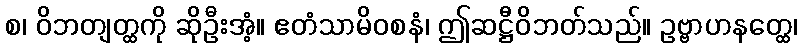
စ၊ ဝိဘတျတ္ထကို ဆိုဦးအံ့။ ဧတံသာမိဝစနံ၊ ဤဆဋ္ဌီဝိဘတ်သည်။ ဥဗ္ဗာဟနတ္ထေ၊